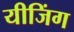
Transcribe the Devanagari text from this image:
यीजिंग